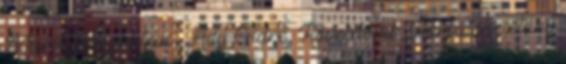
Maros jobb partján , Ady Endre, Kövesdomb, Kárpátok sétány